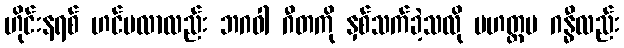
ဟိုင်းနရစ် ဟင်မလာလည်း ဘဂဝါ ဂီတကို နှစ်သက်ခဲ့သလို မဟတ္တမ ဂန္ဓီလည်း